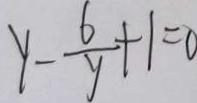
y - \frac { 6 } { y } + 1 = 0